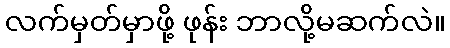
လက်မှတ်မှာဖို့ ဖုန်း ဘာလို့မဆက်လဲ။